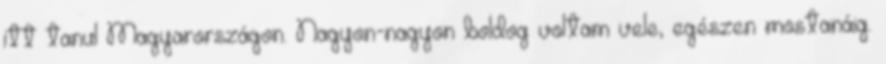
itt tanul Magyarországon. Nagyon-nagyon boldog voltam vele, egészen mostanáig.